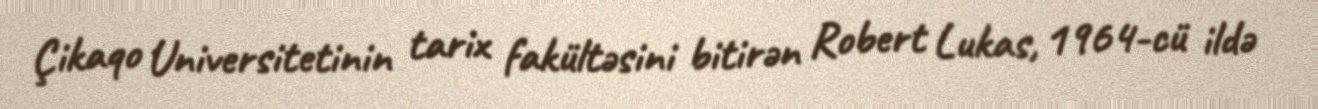
Çikaqo Universitetinin tarix fakültəsini bitirən Robert Lukas, 1964-cü ildə